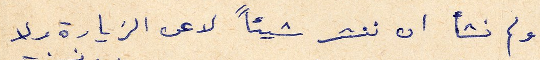
ولم نشأ ان ننشر شيئاً لا عن الزيارة ولا